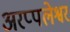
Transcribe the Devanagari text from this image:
अरप्पलेश्वर